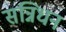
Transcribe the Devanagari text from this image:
सन्निधन